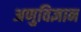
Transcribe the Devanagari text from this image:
अणुविज्ञान